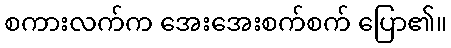
စကားလက်က အေးအေးစက်စက် ပြော၏။